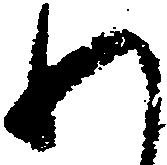
わ